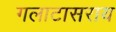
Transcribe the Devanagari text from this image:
गलाटासराय